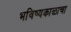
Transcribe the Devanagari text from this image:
भविष्यकाळाचा